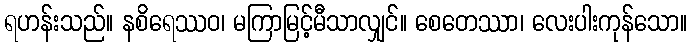
ရဟန်းသည်။ နစိရေဿဝ၊ မကြာမြင့်မီသာလျှင်။ စေတေဿာ၊ လေးပါးကုန်သော။